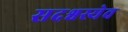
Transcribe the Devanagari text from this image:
सदश्वस्येव